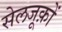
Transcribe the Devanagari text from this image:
सेलजूक़ों